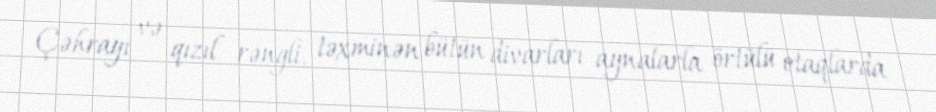
Çəhrayı və qızıl rəngli, təxminən bütün divarları aynalarla örtülü otaqlarda